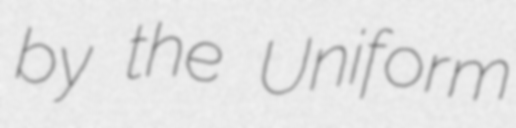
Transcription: by the Uniform